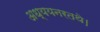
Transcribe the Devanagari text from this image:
अध्ययनरतथे।